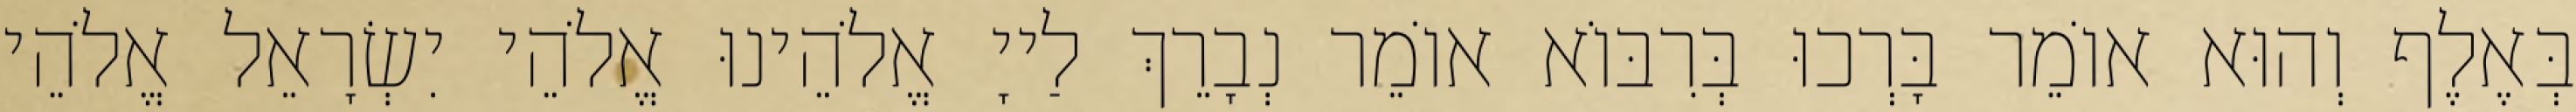
בְּאֶלֶף וְהוּא אוֹמֵר בָּרְכוּ בְּרִבּוֹא אוֹמֵר נְבָרֵךְ לַייָ אֱלֹהֵינוּ אֱלֹהֵי יִשְׂרָאֵל אֱלֹהֵי